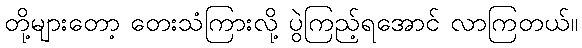
တို့များတော့ တေးသံကြားလို့ ပွဲကြည့်ရအောင် လာကြတယ်။